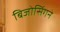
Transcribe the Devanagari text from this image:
बिजोसिंगने